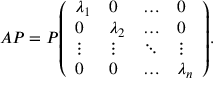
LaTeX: A P = P { \left( \begin{array} { l l l l } { \lambda _ { 1 } } & { 0 } & { \dots } & { 0 } \\ { 0 } & { \lambda _ { 2 } } & { \dots } & { 0 } \\ { \vdots } & { \vdots } & { \ddots } & { \vdots } \\ { 0 } & { 0 } & { \dots } & { \lambda _ { n } } \end{array} \right) } .